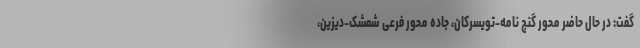
گفت: در حال حاضر محور گنج نامه-تویسرکان، جاده محور فرعی شمشک-دیزین،